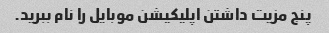
پنج مزیت داشتن اپلیکیشن موبایل را نام ببرید.